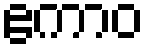
ဧကာဝ